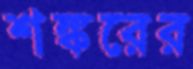
শঙ্করের